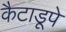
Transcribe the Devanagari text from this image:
कैटाडूपे